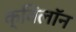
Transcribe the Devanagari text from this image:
क्विलॉन